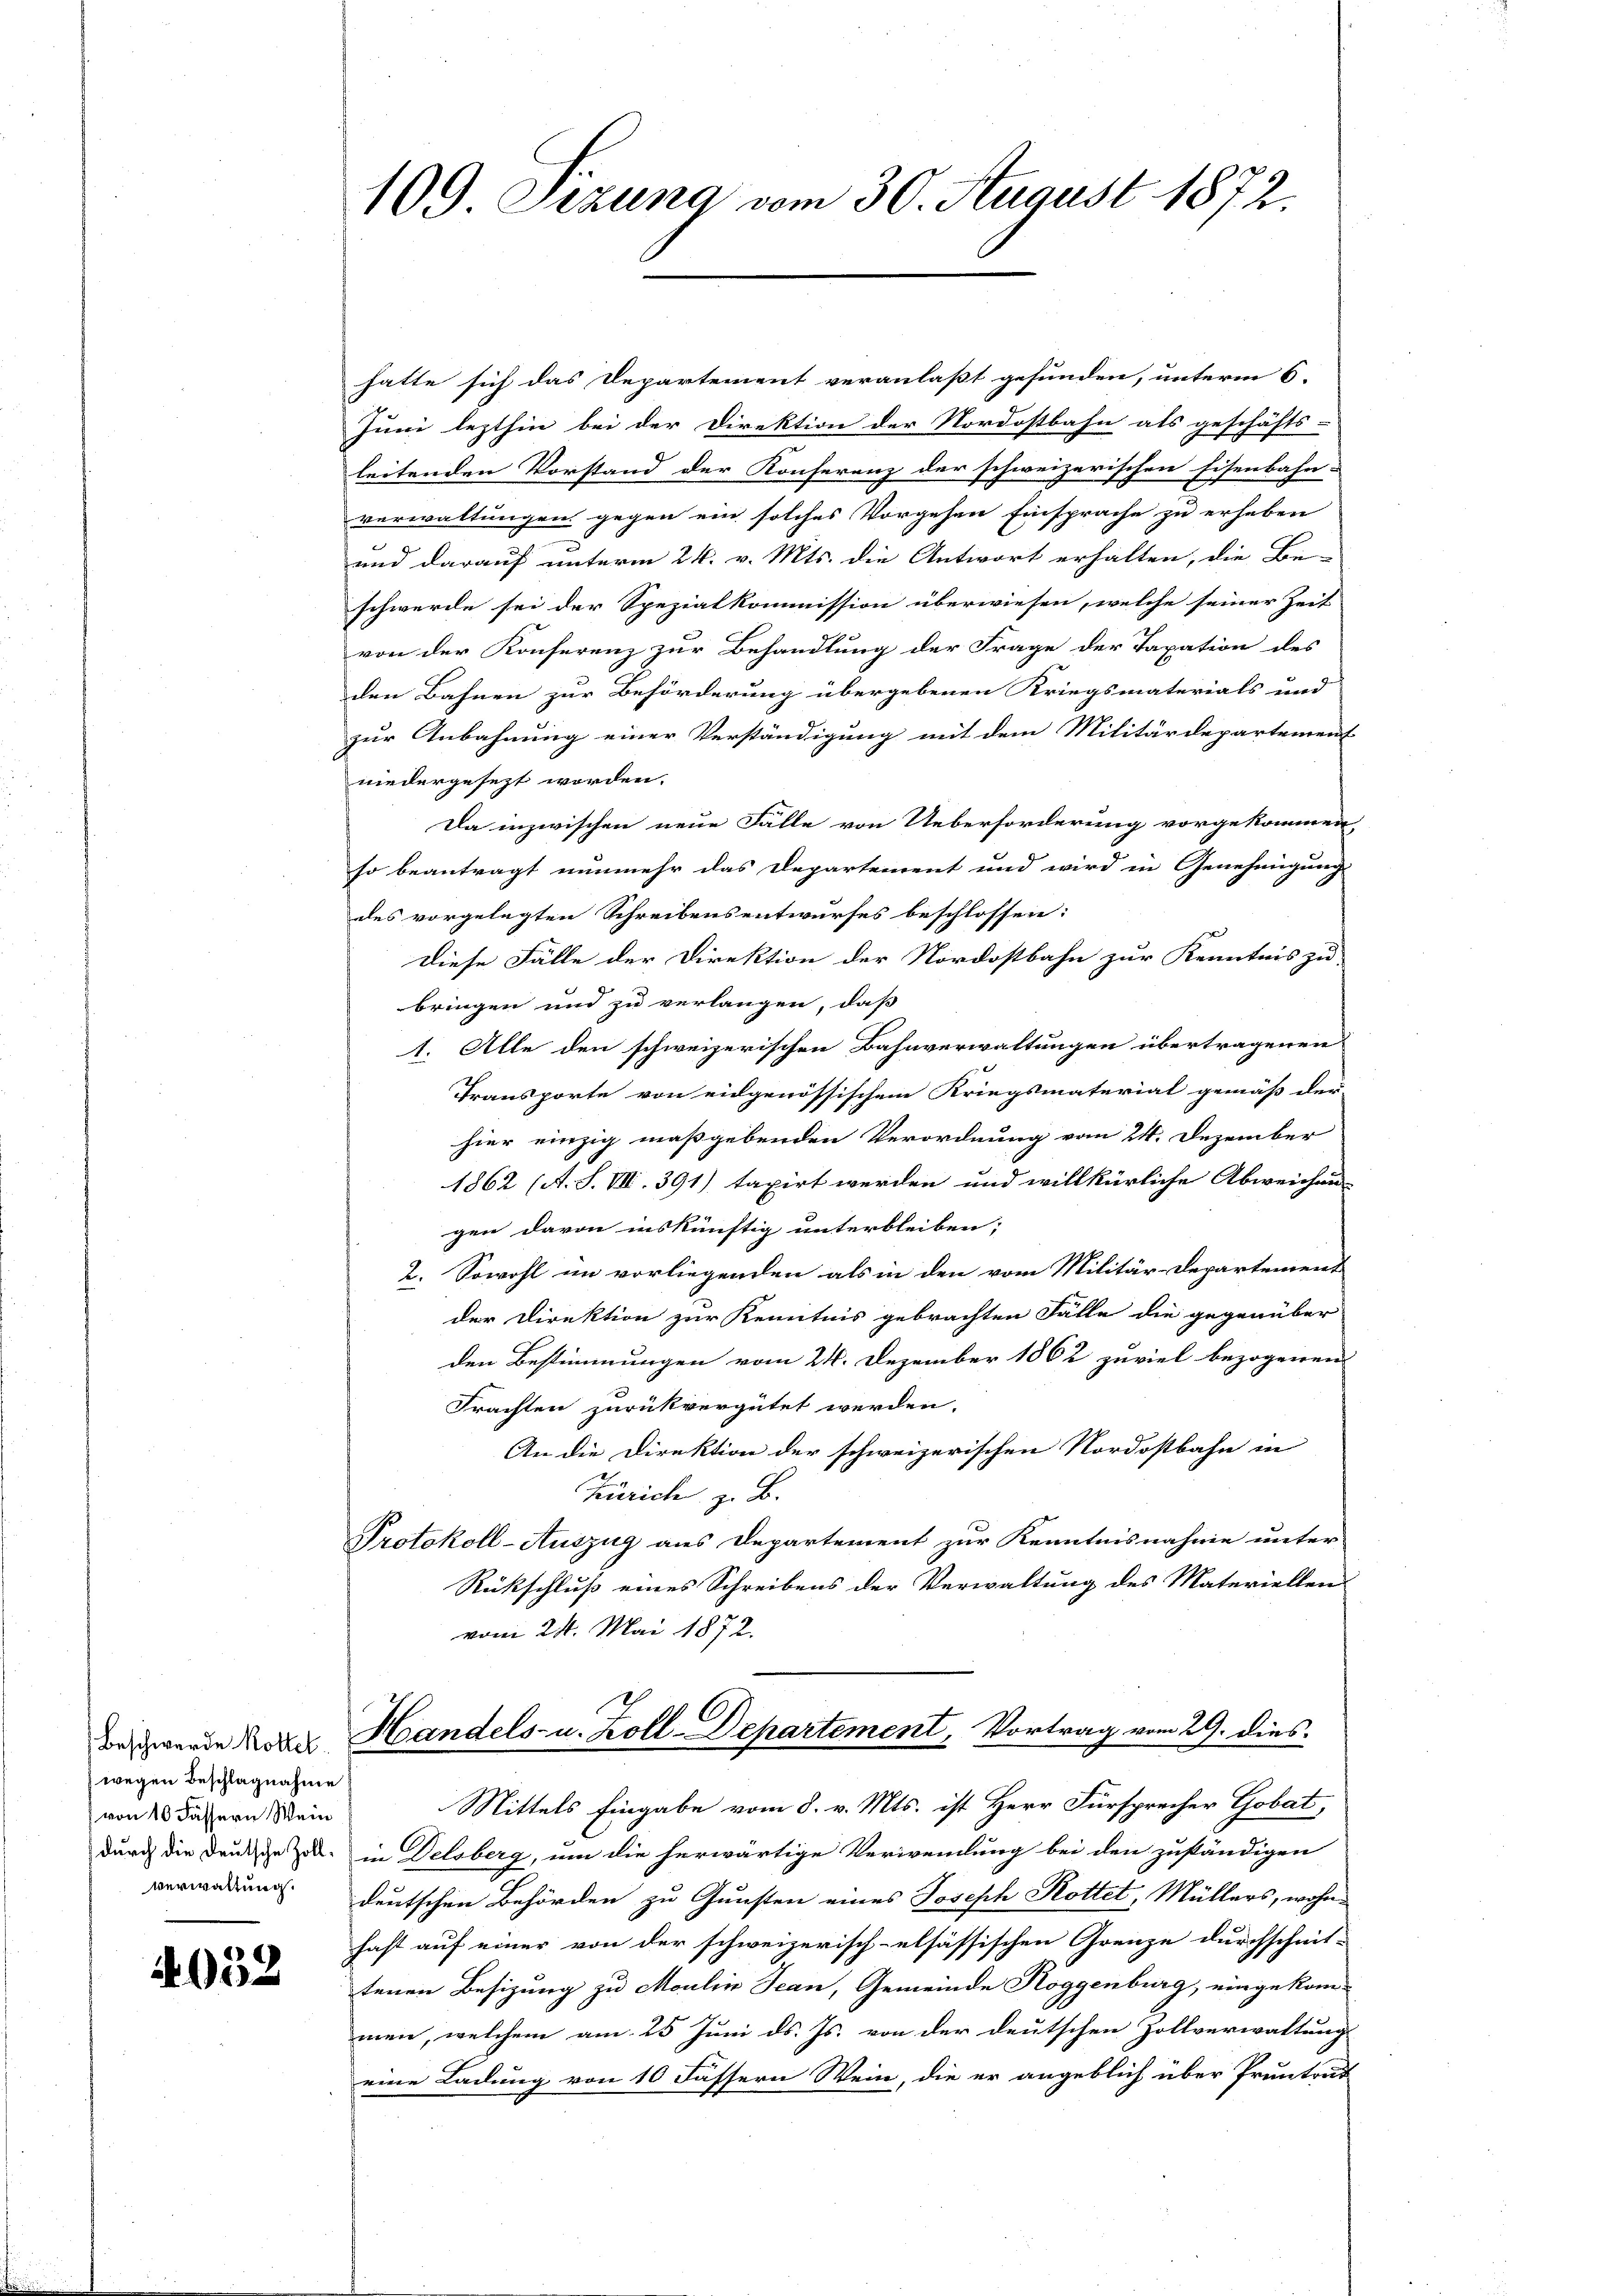
Beschwerde Rottel
wegen Beschlagnahme
von 10 Fässern Wein
verwaltung.

4052

109 Sizung vom 30. August 1872.

hatte sich das Departement veranlaßt gefunden, unterm 6.
Juni lezthin bei der Direktion der Nordostbahn als geschäfts-
leitenden Vorstand der Konferenz der schweizerischen Eisenbahn-
verwaltungen gegen ein solches Vorgehen Einsprache zu erheben |
und darauf unterm 24. v. Mts. die Antwort erhalten, die Be-
schwerde sei der Spezialkommission überwiesen, welche seiner Zeit
von der Konferenz zur Behandlung der Frage der Taxation des
den Bahnen zur Beförderung übergebenen Kriegsmaterials und
zur Anbahnung einer Verständigung mit dem Militärdepartement
niedergesezt worden.
Da inzwischen neue Fälle von Ueberforderung vorgekommen
so beantragt nunmehr das Departement und wird in Genehmigung
des vorgelegten Schreibensentwurfes beschlossen:
Diese Fälle der Direktion der Nordostbahn zur Kenntnis zu
bringen und zu verlangen, daß
1. Alle den schweizerischen Bahnverwaltungen übertragenen
Transporte von eidgenössischem Kriegsmaterial gemäß der
hier einzig maßgebenden Verordnung vom 24. Dezember
1862 (A. S. VII. 391) taxirt werden und willkürliche Abweichung
gen davon inskünftig unterbleiben;
2. Sowohl im vorliegenden als in den vom Militär-Departement
der Direktion zur Kenntnis gebrachten Fälle die gegenüber
den Bestimmungen vom 24. Dezember 1862 zuviel bezogenen
Frachten zurückvergütet werden.
An die Direktion der schweizerischen Nordostbahn in
Zürich z. B.
Protokoll-Auszug aus Departement zur Kenntnisnahme unter
Rückschluß eines Schreibens der Verwaltung des Materiellen
vom 24. Mai 1872.
Handels- u. Zoll-Departement, Vortrag vom 29. dies
Mittels Eingabe vom 8. v. Mts. ist Herr Fürsprecher Gobat,
durch die Druksche Zoll in Delsberg, um die herwärtige Verwendung bei den zuständigen
deutschen Behörden zu Gunsten eines Joseph Rottet, Müllers, wohnhast auf einer von der schweizerisch-elsässischen Grenze durchschmit-
tenen Besizung zu Moulin Jean, Gemeinde Roggenburg, eingekom-
men, welchem am 25 Juni d. Js. von der deutschen Zollverwaltung
eine Ladung von 10 Fässern Wein, die er angeblich über Pruntrut